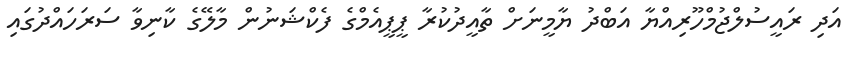
އަދި ރައީސުލްޖުމްހޫރިއްޔާ އަބްދު ޔާމީނަށް ތާއީދުކުރާ ޕީޕީއެމްގެ ފެކްޝަނުން މާލޭގެ ކާނިވާ ސަރަހައްދުގައި